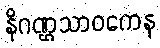
နိဂဏ္ဌသာဝကေန